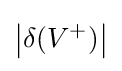
\left|\delta (V^{+})\right|